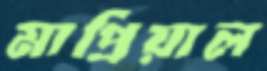
মাপ্রিয়াল